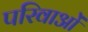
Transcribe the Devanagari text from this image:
परिवाओं